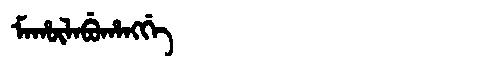
Manchu: ᠮᠠᡥᡡᠯᠠᠪᡠᡥᠠᠩᡤᡝ
Romanization: MAHŪLABUHANGGE